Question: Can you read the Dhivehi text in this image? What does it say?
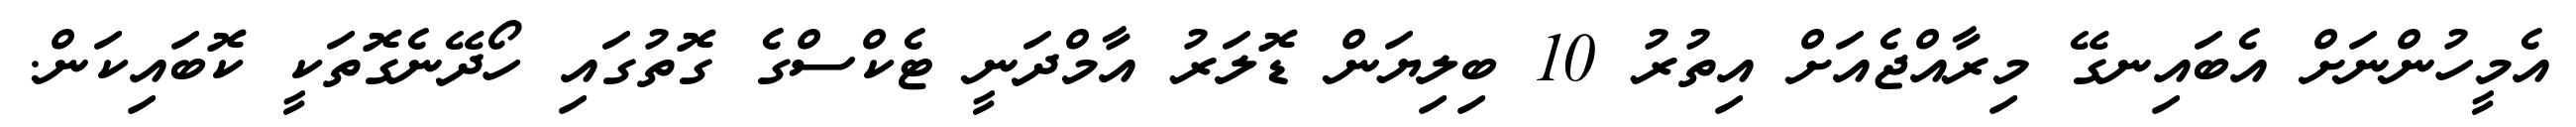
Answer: އެމީހުންނަށް އެބައިނގޭ މިރާއްޖެއަށް އިތުރު 10 ބިލިޔަން ޑޮލަރު އާމްދަނީ ޓެކްސްގެ ގޮތުގައި ހޯދޭނެގޮތަކީ ކޮބައިކަން.